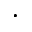
\cdot